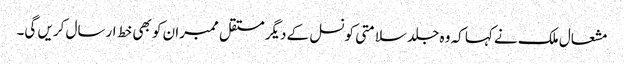
مشعال ملک نے کہا کہ وہ جلد سلامتی کونسل کے دیگر مستقل ممبران کو بھی خط ارسال کریں گی۔